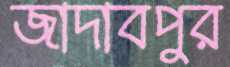
জাদাবপুর